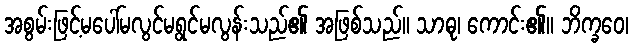
အစွမ်းဖြင့်မပေါ်မလွင်မရွင်မလွန်းသည်၏ အဖြစ်သည်။ သာဓု၊ ကောင်း၏။ ဘိက္ခဝေ၊